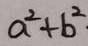
a ^ { 2 } + b ^ { 2 }